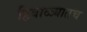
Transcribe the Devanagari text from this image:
हिवाळ्यातच